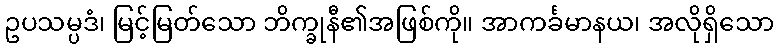
ဥပသမ္ပဒံ၊ မြင့်မြတ်သော ဘိက္ခုနီ၏အဖြစ်ကို။ အာကင်္ခမာနယ၊ အလိုရှိသော